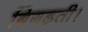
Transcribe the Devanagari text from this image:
बिगड़ती।